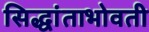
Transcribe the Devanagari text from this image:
सिद्धांताभोवती